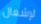
لإشعال